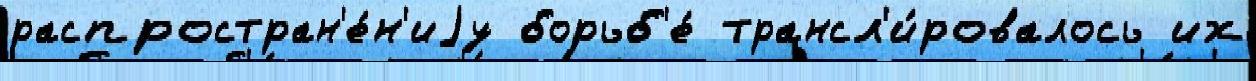
распростран'е́н'иjу борьб'е́ трансл'и́ровалось их